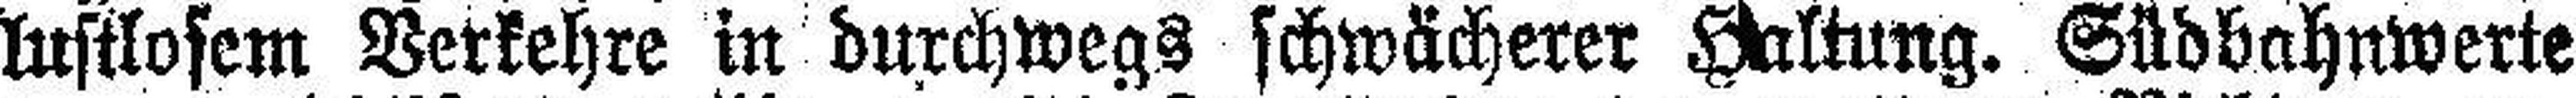
lustlosem Verkehre in durchwegs schwächerer Haltung. Südbahnwerte